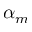
\alpha _ { m }